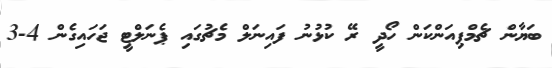
ބަޔާން ޗެމްޕިއަންކަން ހޯދީ ރޭ ކުޅުނު ފައިނަލް މެޗުގައި ޕެނަލްޓީ ޖަހައިގެން 4-3